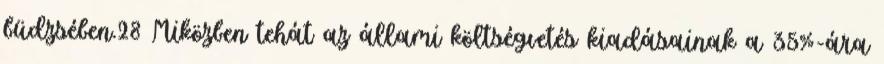
büdzsében.28 Miközben tehát az állami költségvetés kiadásainak a 35%-ára